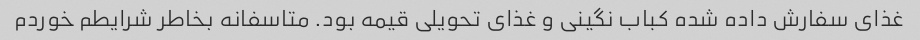
غذای سفارش داده شده کباب نگینی و غذای تحویلی قیمه بود. متاسفانه بخاطر شرایطم خوردم